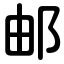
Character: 邮